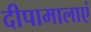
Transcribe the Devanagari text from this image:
दीपामालाएं